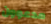
مدعوون